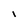
Character: i